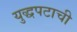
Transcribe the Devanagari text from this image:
युद्धपटाची